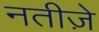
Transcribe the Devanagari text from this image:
नतीज़े